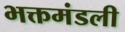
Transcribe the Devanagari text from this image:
भक्तमंडली